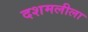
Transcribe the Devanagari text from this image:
दशमलीला